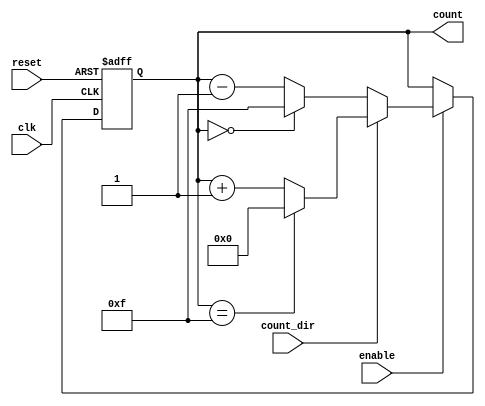
module binary_counter (
    input wire clk,         // Clock signal
    input wire reset,       // Asynchronous reset
    input wire enable,      // Enable signal
    input wire count_dir,   // Count direction: 1 for up, 0 for down
    output reg [3:0] count  // 4-bit count output
);

    // Asynchronous reset and counting mechanism
    always @(posedge clk or posedge reset) begin
        if (reset) begin
            count <= 4'b0000; // Reset count to 0
        end else if (enable) begin
            if (count_dir) begin
                // Count up
                if (count == 4'b1111) begin
                    count <= 4'b0000; // Wrap around
                end else begin
                    count <= count + 1; // Increment count
                end
            end else begin
                // Count down
                if (count == 4'b0000) begin
                    count <= 4'b1111; // Wrap around
                end else begin
                    count <= count - 1; // Decrement count
                end
            end
        end
    end

endmodule